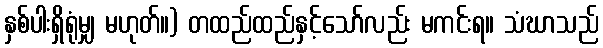
နှစ်ပါးရှိရုံမျှ မဟုတ်။) တထည်ထည်နှင့်သော်လည်း မကင်းရ။ သံဃာသည်